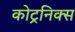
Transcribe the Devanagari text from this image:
कोट्रनिक्स